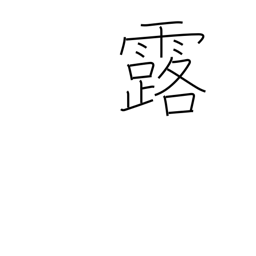
Meaning: dew